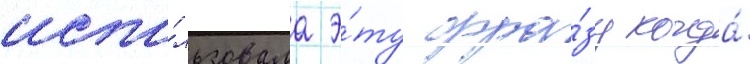
испо́льзовала э́ту фра́зу когда́